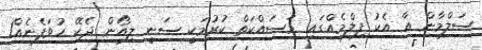
ސަލްމާން އާ އެކު ފިލްމެއްގައި މަސައްކަތް ކުރުމަކީ ސަނީ ލިއޯން ދެކޭ ހުވަފެނެއް1